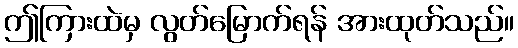
ဤကြားထဲမှ လွတ်မြောက်ရန် အားထုတ်သည်။